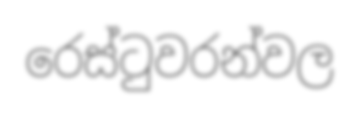
රෙස්ටුවරන්වල